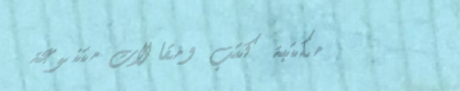
مكتبة كتب ومقالات متنوعة